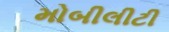
મોબીલીટી